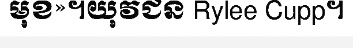
មុខ»។យុវជន Rylee Cupp។